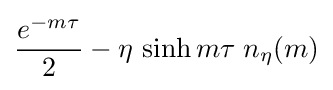
{\frac {e^{-m\tau }}{2}}-\eta \,\sinh {m\tau }\;n_{\eta }(m)